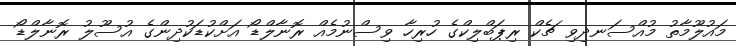
މައުލޫމާތު މުއްސަނދިވި ޗެކް ރިޕަބްލިކްގެ ހުރިހާ ވިސްނުމެއް ރޮނާލްޑޯ އަށްކުޑަކުދިންގެ އުސޫލު ރޮނާލްޑޯ